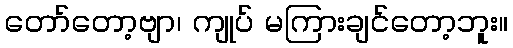
တော်တော့ဗျာ၊ ကျုပ် မကြားချင်တော့ဘူး။